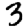
Digit: 3